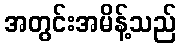
အတွင်းအမိန့်သည်